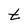
Character: t